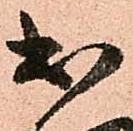
出